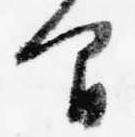
間